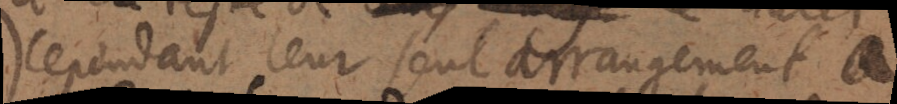
cependant leur seul arrangement a